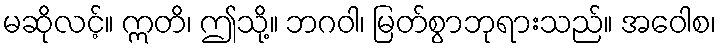
မဆိုလင့်။ ဣတိ၊ ဤသို့။ ဘဂဝါ၊ မြတ်စွာဘုရားသည်။ အဝေါစ၊